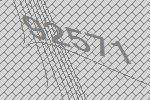
92571